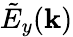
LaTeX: \tilde{E}_{y}({\mathbf k})